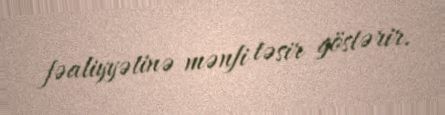
fəaliyyətinə mənfi təsir göstərir.